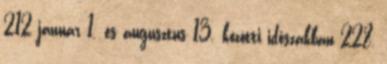
212 január 1. és augusztus 13. közötti időszakban 228,